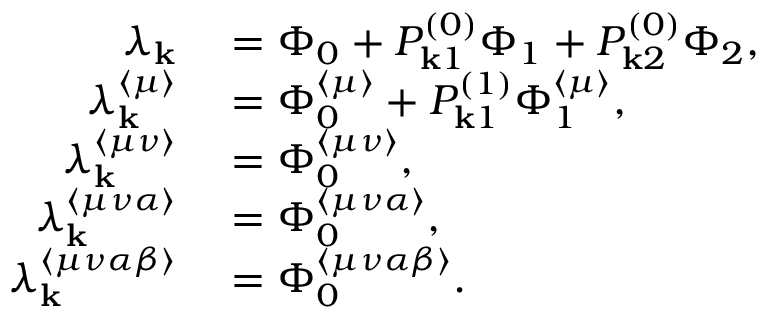
\begin{array} { r l } { \lambda _ { \mathbf { k } } } & { { } = \Phi _ { 0 } + P _ { \mathbf { k } 1 } ^ { ( 0 ) } \Phi _ { 1 } + P _ { \mathbf { k } 2 } ^ { ( 0 ) } \Phi _ { 2 } , } \\ { \lambda _ { \mathbf { k } } ^ { \langle \mu \rangle } } & { { } = \Phi _ { 0 } ^ { \langle \mu \rangle } + P _ { \mathbf { k } 1 } ^ { ( 1 ) } \Phi _ { 1 } ^ { \langle \mu \rangle } , } \\ { \lambda _ { \mathbf { k } } ^ { \langle \mu \nu \rangle } } & { { } = \Phi _ { 0 } ^ { \langle \mu \nu \rangle } , } \\ { \lambda _ { \mathbf { k } } ^ { \langle \mu \nu \alpha \rangle } } & { { } = \Phi _ { 0 } ^ { \langle \mu \nu \alpha \rangle } , } \\ { \lambda _ { \mathbf { k } } ^ { \langle \mu \nu \alpha \beta \rangle } } & { { } = \Phi _ { 0 } ^ { \langle \mu \nu \alpha \beta \rangle } . } \end{array}